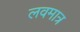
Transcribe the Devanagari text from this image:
लवमात्र